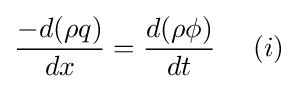
{\frac {-d(\rho q)}{dx}}={\frac {d(\rho \phi )}{dt}}~~~~(i)